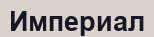
Империал